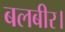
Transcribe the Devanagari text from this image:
बलबीर।